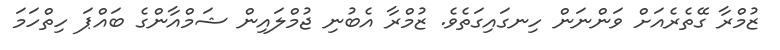
ޒުމްރާ ގޭތެރެއަށް ވަންނަން ހިނގައިގަތެވެ. ޒުމްރާ އެބުނި ޖުމްލައިން ޝަމްއާންގެ ބައްޕަ ހިތްހަމަ